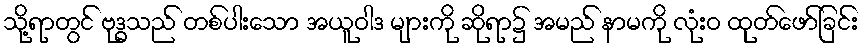
သို့ရာတွင် ဗုဒ္ဓသည် တစ်ပါးသော အယူဝါဒ များကို ဆိုရာ၌ အမည် နာမကို လုံးဝ ထုတ်ဖော်ခြင်း